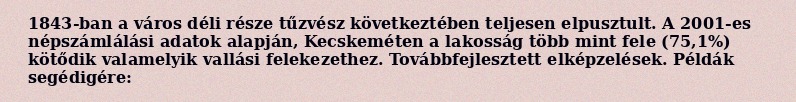
1843-ban a város déli része tűzvész következtében teljesen elpusztult. A 2001-es népszámlálási adatok alapján, Kecskeméten a lakosság több mint fele (75,1%) kötődik valamelyik vallási felekezethez. Továbbfejlesztett elképzelések. Példák segédigére: